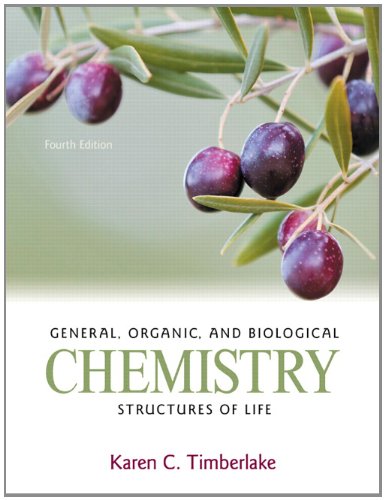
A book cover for General, Organic, and Biological Chemistry: Structures of Life (4th Edition); Karen C. Timberlake; Science & Math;